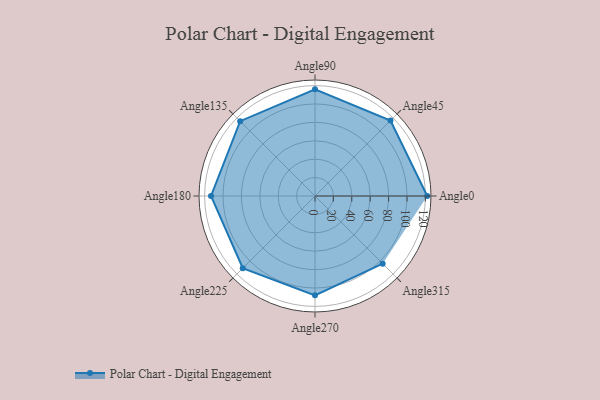
{"axis": {"x": "Angle", "y": "Radius"}, "legend": [""], "data": [{"x": "Angle0", "y": 122.0, "type": ""}, {"x": "Angle45", "y": 116.0, "type": ""}, {"x": "Angle90", "y": 116.0, "type": ""}, {"x": "Angle135", "y": 115.0, "type": ""}, {"x": "Angle180", "y": 113.0, "type": ""}, {"x": "Angle225", "y": 111.0, "type": ""}, {"x": "Angle270", "y": 108.0, "type": ""}, {"x": "Angle315", "y": 104.0, "type": ""}]}